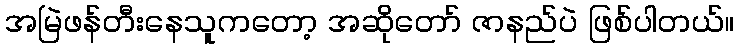
အမြဲဖန်တီးနေသူကတော့ အဆိုတော် ဇာနည်ပဲ ဖြစ်ပါတယ်။